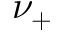
\nu _ { + }